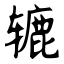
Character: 辘